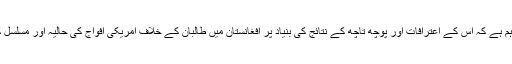
در حقیقت یہ دہشت گرد اتنا اہم ہے کہ اس کے اعترافات اور پوچھ تاچھ کے نتائج کی بنیاد پر افغانستان میں طالبان کے خلاف امریکی افواج کی حالیہ اور مسلسل کامیابیاں حاصل کی گئی ہیں۔